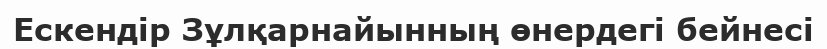
Ескендір Зұлқарнайынның өнердегі бейнесі